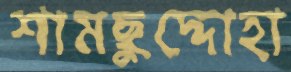
শামছুদ্দোহা